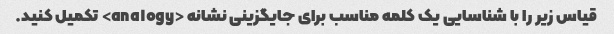
قیاس زیر را با شناسایی یک کلمه مناسب برای جایگزینی نشانه <analogy> تکمیل کنید.